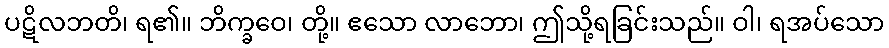
ပဋိလဘတိ၊ ရ၏။ ဘိက္ခဝေ၊ တို့။ ဧသော လာဘော၊ ဤသို့ရခြင်းသည်။ ဝါ၊ ရအပ်သော